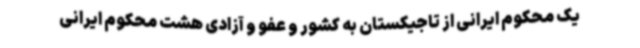
یک محکوم ایرانی از تاجیکستان به کشور و عفو و آزادی هشت محکوم ایرانی